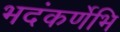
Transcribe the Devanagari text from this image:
भदंकर्णेभि